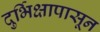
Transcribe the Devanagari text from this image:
दुर्भिक्षापासून